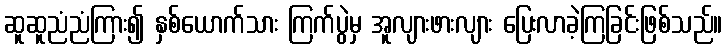
ဆူဆူညံညံကြား၍ နှစ်ယောက်သား ကြက်ပွဲမှ အူလျားဖားလျား ပြေးလာခဲ့ကြခြင်းဖြစ်သည်။